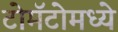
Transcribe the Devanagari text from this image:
टोमॅटोमध्ये